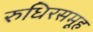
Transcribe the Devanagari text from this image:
रुधिरसमूह